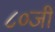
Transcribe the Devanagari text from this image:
८०जी